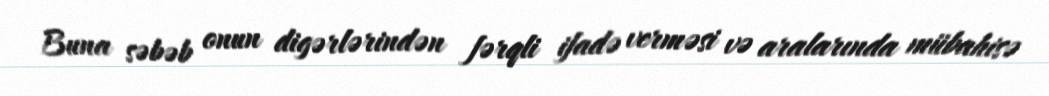
Buna səbəb onun digərlərindən fərqli ifadə verməsi və aralarında mübahisə